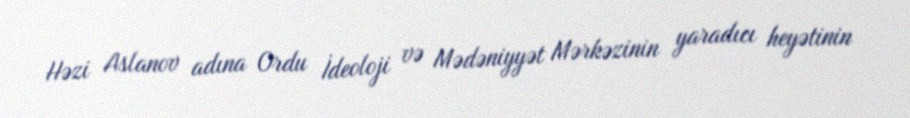
Həzi Aslanov adına Ordu İdeoloji və Mədəniyyət Mərkəzinin yaradıcı heyətinin